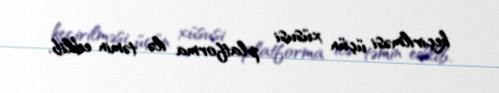
keçirilməsi üçün xüsusi platforma ilə təmin edilib.